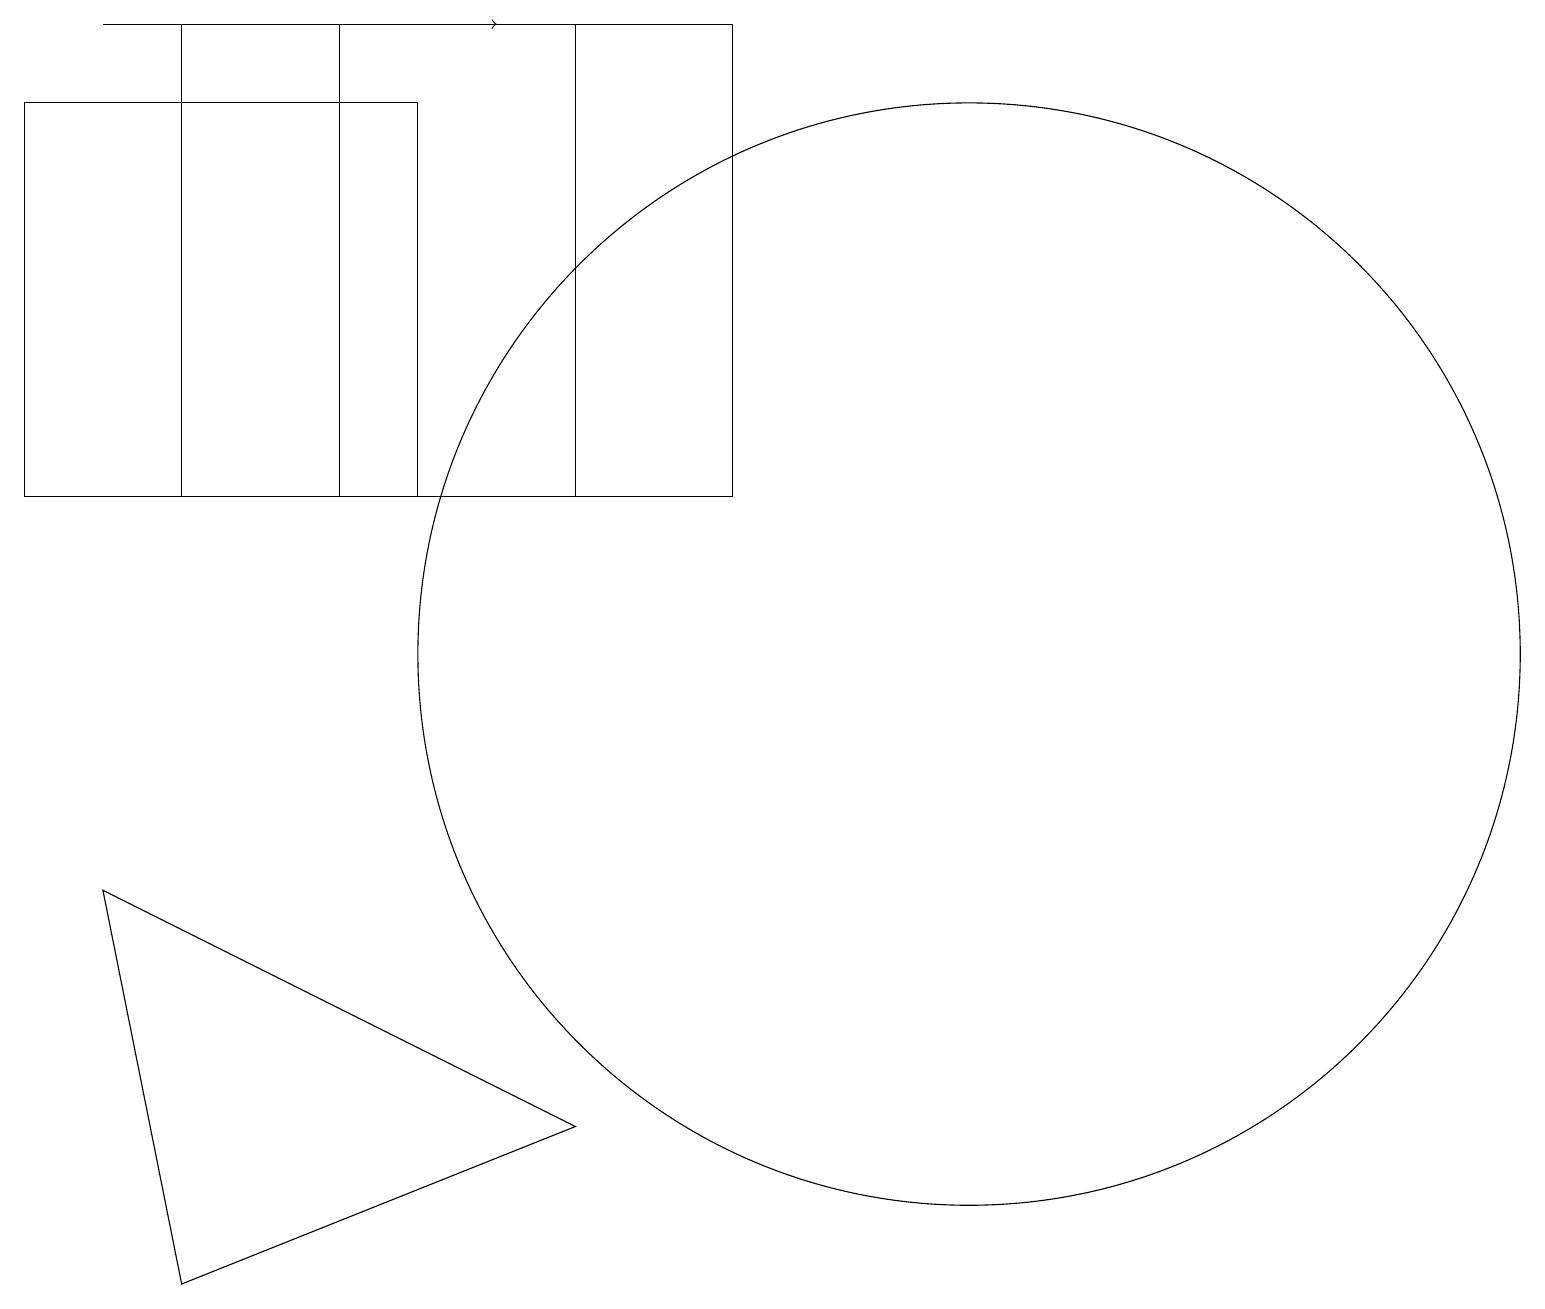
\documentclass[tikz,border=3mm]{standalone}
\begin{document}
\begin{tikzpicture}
\draw[->] (1,19) -- (6,19);
\draw (7,13) rectangle (4,19);
\draw (7,5) -- (2,3) -- (1,8) -- cycle;
\draw (5,13) rectangle (0,18);
\draw (2,13) rectangle (9,19);
\draw (12,11) circle (7);
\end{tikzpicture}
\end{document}